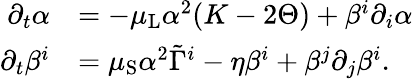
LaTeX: \begin{array}{rl}{\partial_{t}\alpha}&{=-\mu_{\mathrm{L}}\alpha^{2}(K-2\Theta)+\beta^{i}\partial_{i}\alpha}\\ {\partial_{t}\beta^{i}}&{=\mu_{\mathrm{S}}\alpha^{2}\tilde{\Gamma}^{i}-\eta\beta^{i}+\beta^{j}\partial_{j}\beta^{i}.}\end{array}